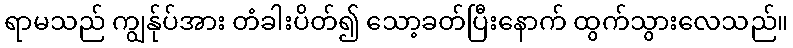
ရာမသည် ကျွန်ုပ်အား တံခါးပိတ်၍ သော့ခတ်ပြီးနောက် ထွက်သွားလေသည်။